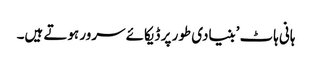
ہانی ہاٹ ’بنیادی طور پر ڈیکائے سرور ہوتے ہیں۔